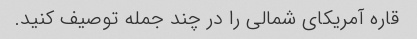
قاره آمریکای شمالی را در چند جمله توصیف کنید.